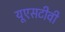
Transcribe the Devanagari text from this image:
यूएसटीवी